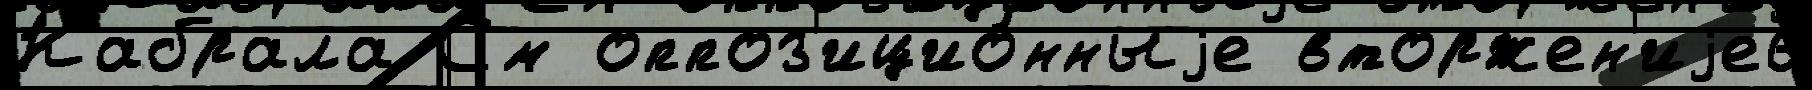
Кабрала См оппоз'ицио́нныjе вторжен'иjе6